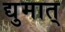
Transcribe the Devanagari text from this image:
द्युमात्